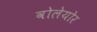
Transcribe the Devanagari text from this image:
वोलेयोर